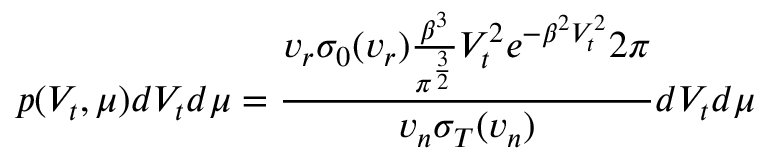
p ( V _ { t } , \mu ) d V _ { t } d \mu = \frac { v _ { r } \sigma _ { 0 } ( v _ { r } ) \frac { \beta ^ { 3 } } { \pi ^ { \frac { 3 } { 2 } } } V _ { t } ^ { 2 } e ^ { - \beta ^ { 2 } V _ { t } ^ { 2 } } 2 \pi } { v _ { n } \sigma _ { T } ( v _ { n } ) } d V _ { t } d \mu